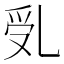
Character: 𠃶